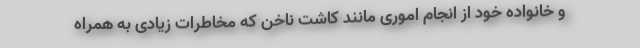
و خانواده خود از انجام اموری مانند کاشت ناخن که مخاطرات زیادی به همراه